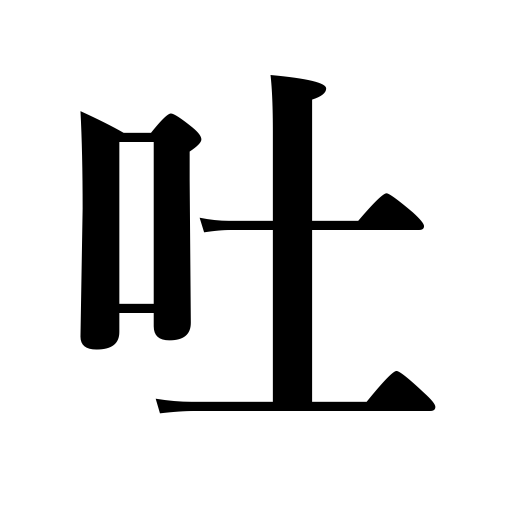
Meanings: vomit,confess,emit,tell lies,speak,give vent to,disgorge,belch